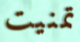
تمنيت